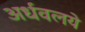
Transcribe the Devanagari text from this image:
अर्धवलये